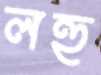
লহু